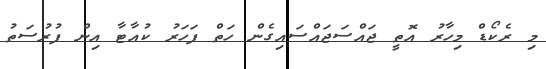
މި ރެކޯޑް މިހާރު އޮތީ ޖައްސަޖައްސައިގެން ހަތް ފަަހަރު ކުއާޓާ އިން ފުރުސަތު